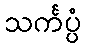
သင်္ကပ္ပံ